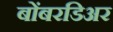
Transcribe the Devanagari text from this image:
बोंबरडिअर